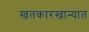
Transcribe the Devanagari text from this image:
खतकारखान्यात